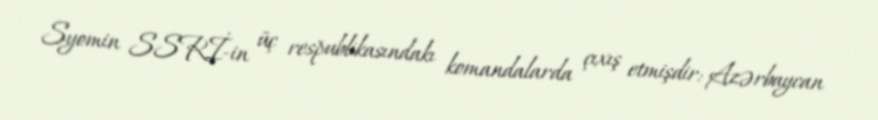
Syomin SSRİ-in üç respublikasındakı komandalarda çıxış etmişdir: Azərbaycan